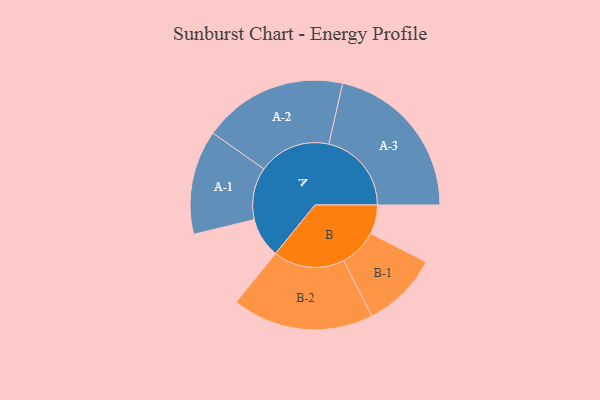
{"axis": {"x": "Segment", "y": "Value"}, "legend": ["", "A", "B"], "data": [{"x": "A", "y": 140, "type": ""}, {"x": "B", "y": 102, "type": ""}, {"x": "A-1", "y": 183, "type": "A"}, {"x": "A-2", "y": 254, "type": "A"}, {"x": "A-3", "y": 290, "type": "A"}, {"x": "B-1", "y": 134, "type": "B"}, {"x": "B-2", "y": 249, "type": "B"}]}